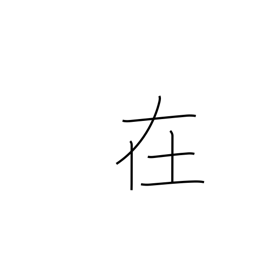
Meaning: suburbs